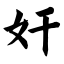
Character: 奸